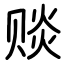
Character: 赕